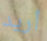
أريد